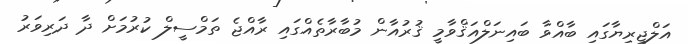
އަލްޖީރިޔާގައި ބާއްވާ ބައިނަލްއަޤްވާމީ ޤުރުއާން މުބާރާތެއްގައި ރާއްޖެ ތަމްސީލް ކުރުމަށް ދާ ދަރިވަރު